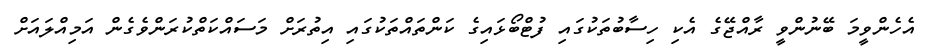
އެހެންވީމަ ބޭނުންވީ ރާއްޖޭގެ އެކި ހިސާބުތަކުގައި ފުޓްބޯޅައިގެ ކަންތައްތަކުގައި އިތުރަށް މަސައްކަތްކުރަންވެގެން އަމިއްލައަށް